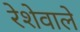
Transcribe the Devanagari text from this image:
रेशेवाले